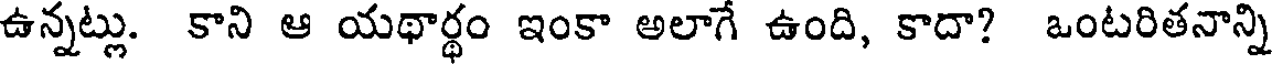
ఉన్నట్లు. కాని ఆ యథార్థం ఇంకా అలాగే ఉంది, కాదా? ఒంటరితనాన్ని